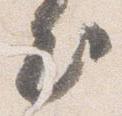
出